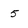
Character: 5